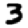
Digit: 3